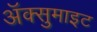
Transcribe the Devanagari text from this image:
अॅक्सुमाइट